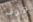
قرف